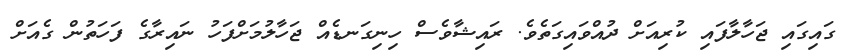
ގައިގައި ޖަހާލާފައި ކުރިއަށް ދުއްވައިގަތެވެ. ރައިޝާވެސް ހިނިގަނޑެއް ޖަހާލުމަށްފަހު ނައިރާގެ ފަހަތުން ގެއަށް